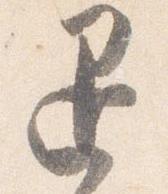
退